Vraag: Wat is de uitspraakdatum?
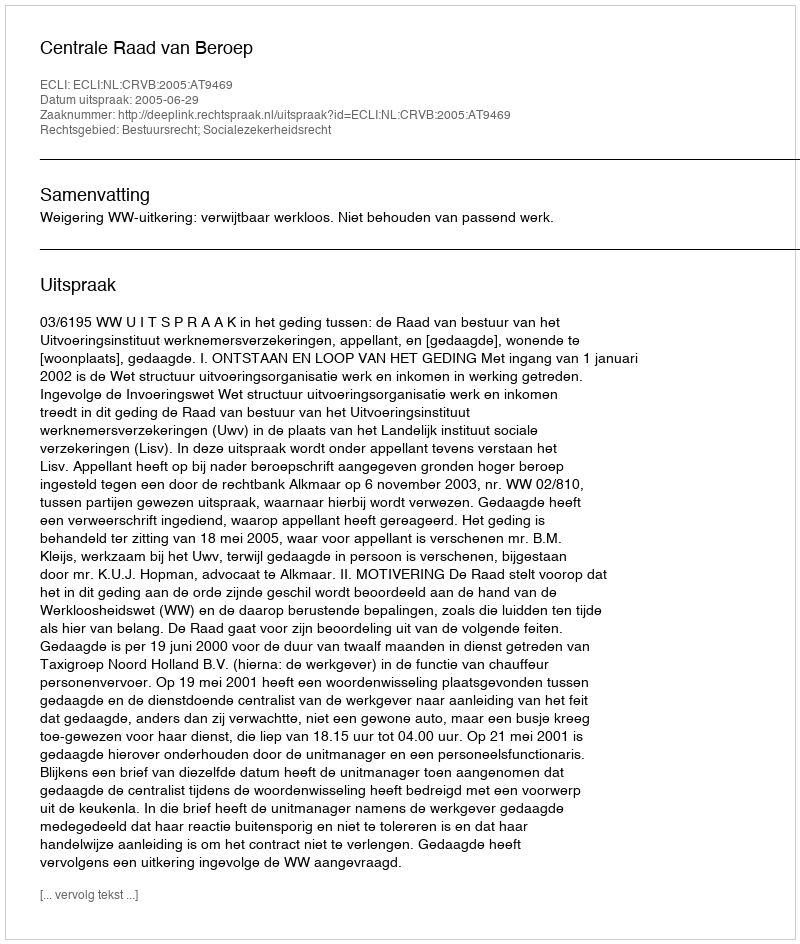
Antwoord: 2005-06-29